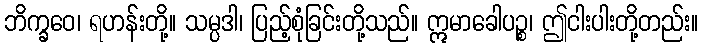
ဘိက္ခဝေ၊ ရဟန်းတို့။ သမ္ပဒါ၊ ပြည့်စုံခြင်းတို့သည်။ ဣမာခေါပဉ္စ၊ ဤငါးပါးတို့တည်း။